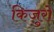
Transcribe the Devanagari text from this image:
किजुरो